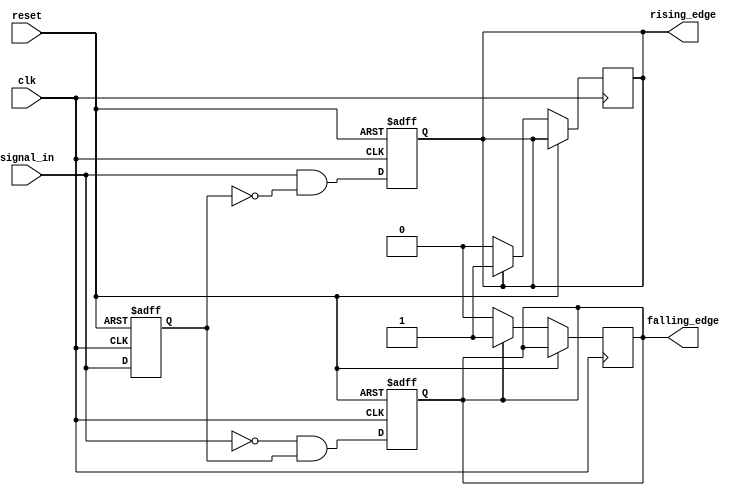
module dual_edge_detector (
    input wire clk,            // Clock signal
    input wire reset,          // Asynchronous reset signal
    input wire signal_in,      // Input signal to detect edges
    output reg rising_edge,    // Output pulse for rising edge
    output reg falling_edge     // Output pulse for falling edge
);

// Memory block to store the previous state of signal_in
reg previous_state;

always @(posedge clk or posedge reset) begin
    if (reset) begin
        previous_state <= 1'b0; // Reset the previous state
        rising_edge <= 1'b0;     // Reset rising edge output
        falling_edge <= 1'b0;    // Reset falling edge output
    end else begin
        // Edge detection logic
        rising_edge <= (signal_in && !previous_state);   // Rising edge detected
        falling_edge <= (!signal_in && previous_state);   // Falling edge detected
        
        // Update the previous state to the current signal_in
        previous_state <= signal_in;
    end
end

// Reset outputs after one clock cycle
always @(posedge clk) begin
    if (!reset) begin
        if (rising_edge) begin
            rising_edge <= 1'b1;  // Hold high for one clock cycle
        end else begin
            rising_edge <= 1'b0;  // Set back to low otherwise
        end
        
        if (falling_edge) begin
            falling_edge <= 1'b1;  // Hold high for one clock cycle
        end else begin
            falling_edge <= 1'b0;  // Set back to low otherwise
        end
    end
end

endmodule